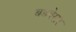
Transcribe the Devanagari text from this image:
बडवेसर